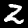
Digit: 2